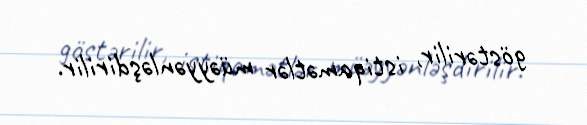
göstərilir, istiqamətlər müəyyənləşdirilir.